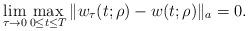
LaTeX: \begin{align*} \lim_{\tau \to 0}\max_{0 \leq t \leq T}\Vert w_{\tau}(t;\rho) - w(t;\rho)\Vert_a = 0. \end{align*}